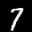
Label: 7